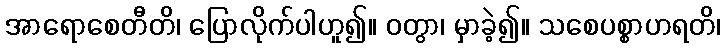
အာရောစေတီတိ၊ ပြောလိုက်ပါဟူ၍။ ဝတွာ၊ မှာခဲ့၍။ သစေပစ္စာဟရတိ၊